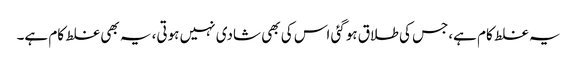
یہ غلط کام ہے،جس کی طلاق ہوگئی اس کی بھی شادی نہیں ہوتی، یہ بھی غلط کام ہے۔